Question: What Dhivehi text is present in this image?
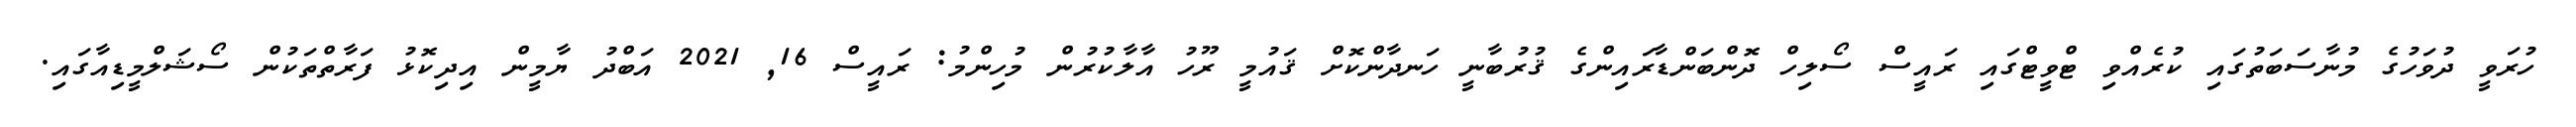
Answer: ހުރަވީ ދުވަހުގެ މުނާސަބަތުގައި ކުރެއްވި ޓްވީޓްގައި ރައީސް ސޯލިހް ދޮންބަންޑާރައިންގެ ޤުރުބާނީ ހަނދާންކޮށް ޤައުމީ ރޫހު އާލާކުރުން މުހިންމު: ރައީސް 16, 2021 އަބްދު ޔާމީން އިދިކޮޅު ފަރާތްތަކުން ސޯޝަލްމީޑިއާގައި.